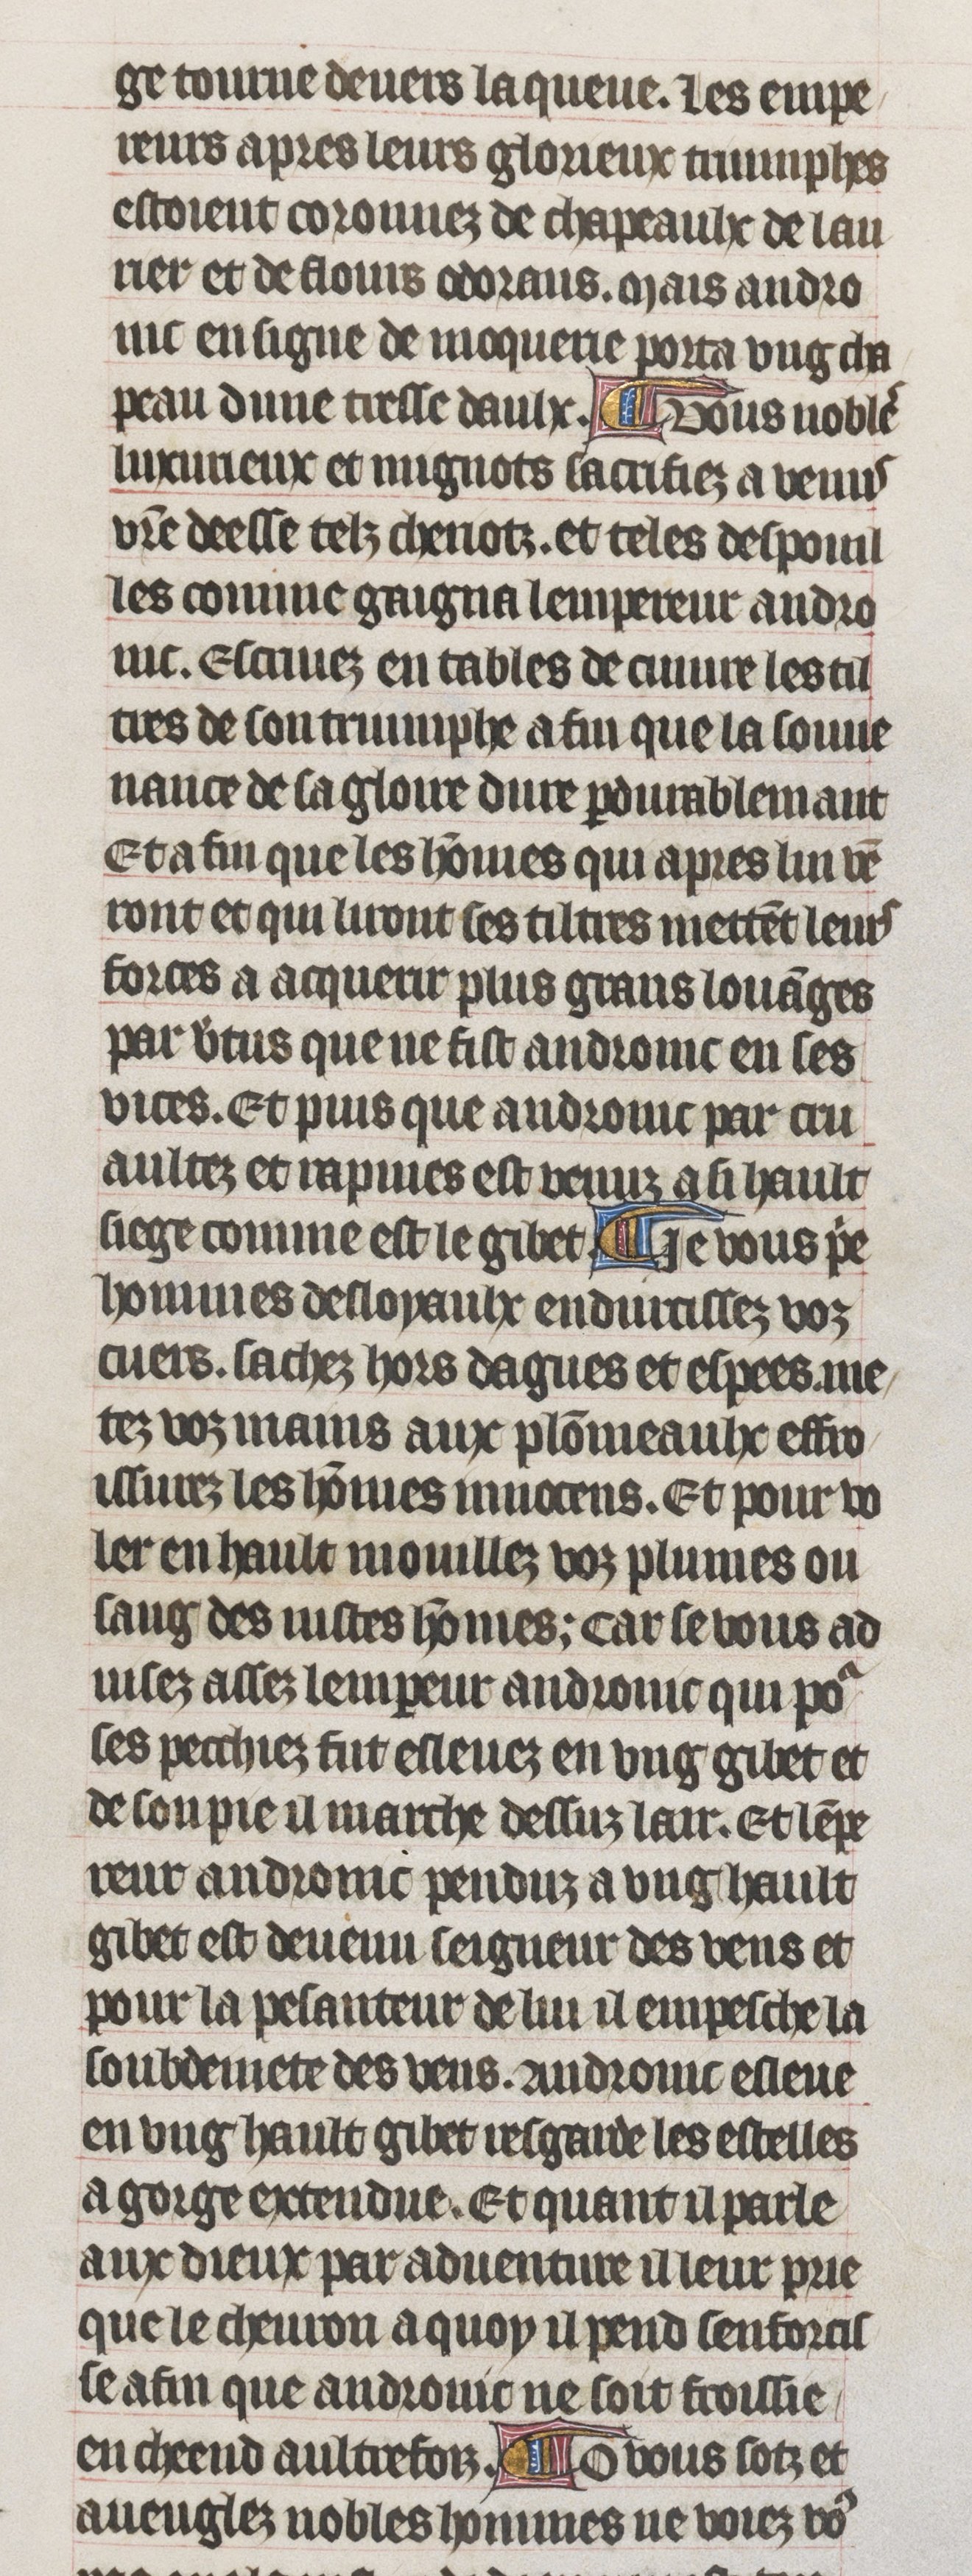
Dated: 1395–1425